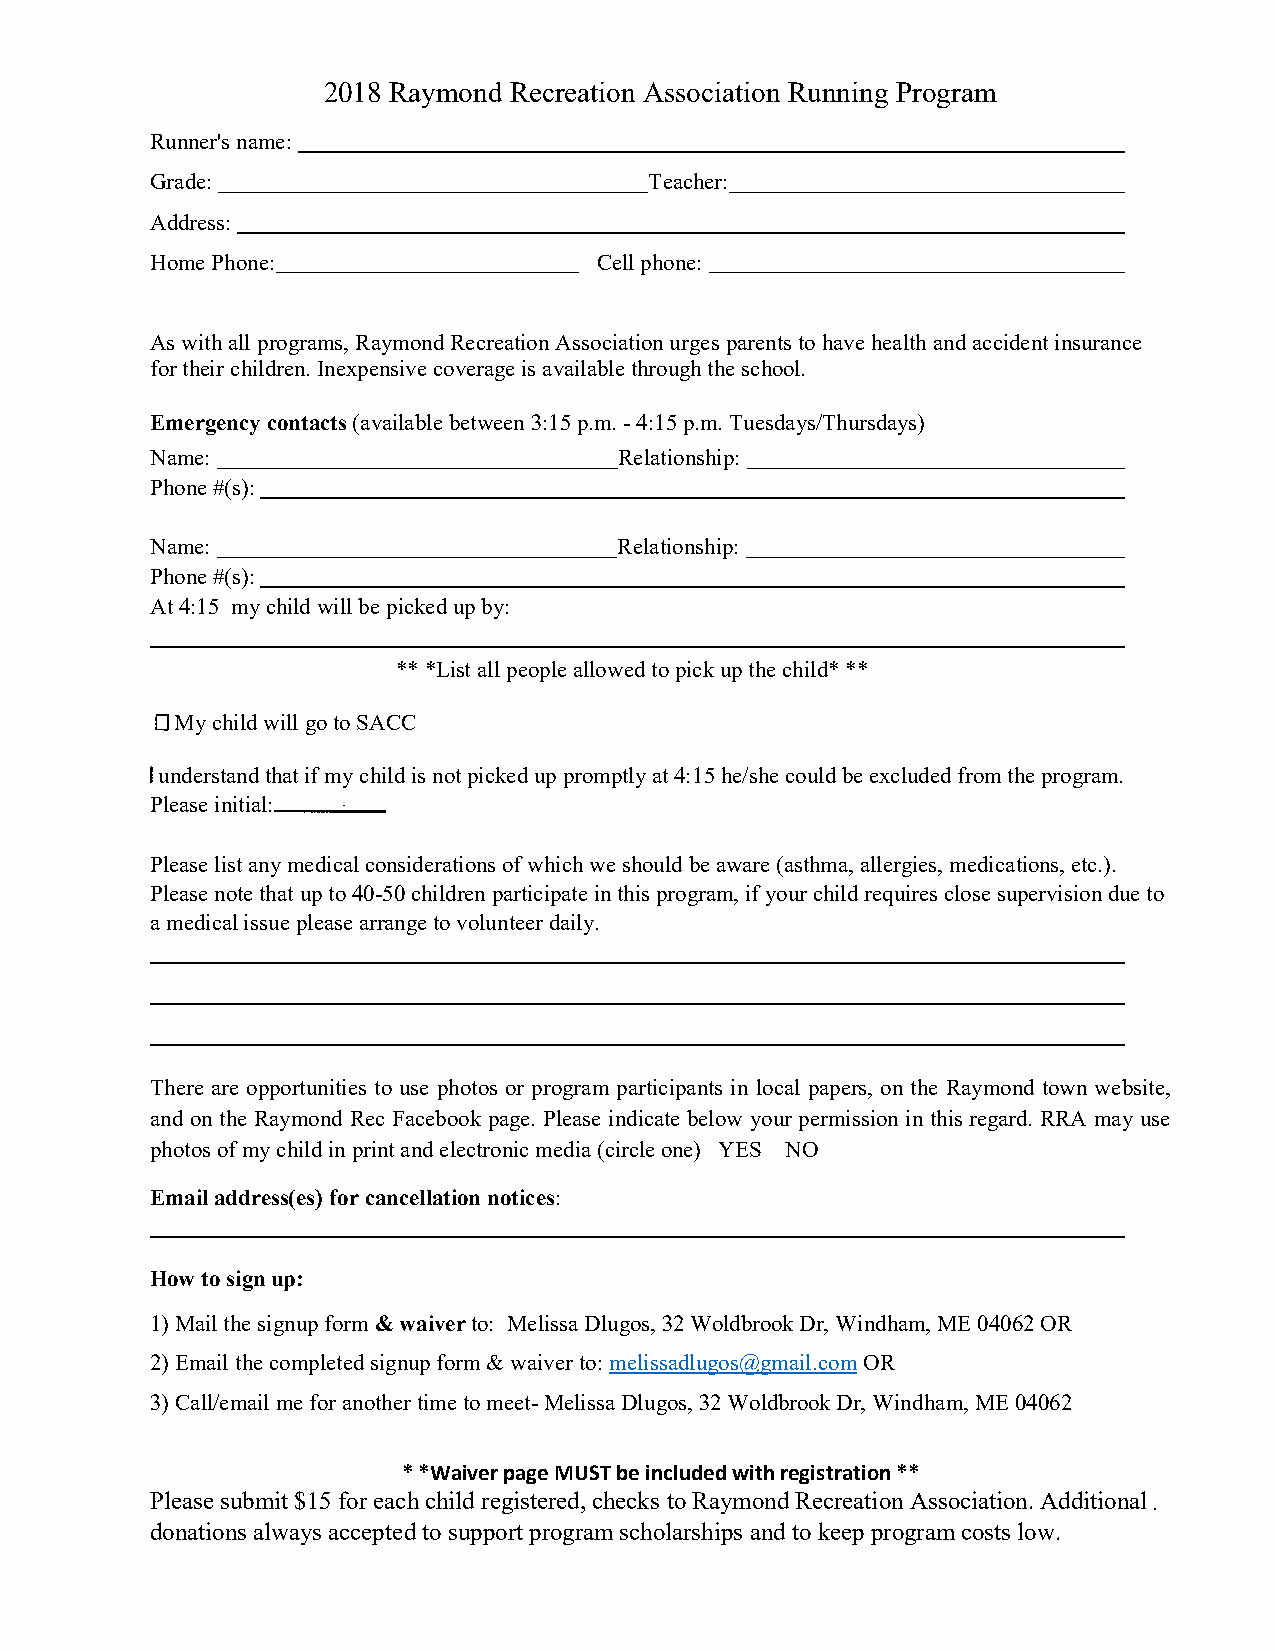
2018 Raymond Recreation Association Running Program
 Runner's name:
 Grade:                           Teacher:
 Address:
 Home Phone:                   Cell phone:
 As with all programs, Raymond Recreation Association urges parents to have health and accident insurance
 for their children. Inexpensive coverage is available through the school.
 Emergency contacts (available between 3:15 p.m. - 4:15 p.m. Tuesdays/Thursdays)
 Name:                          Relationship:
 Phone #(s):
 Name:                          Relationship:
 Phone #(s):
 At 4:15 my child will be picked up by:
 ** *List all people allowed to pick up the child* **
 My child will go to SACC
 understand that if my child is not picked up promptly at 4:15 he/she could be excluded from the program.
 Please initial:
 Please list any medical considerations of which we should be aware (asthma, allergies, medications, etc.).
 Please note that up to 40-50 children participate in this program, if your child requires close supervision due to
 a medical issue please arrange to volunteer daily.
 There are opportunities to use photos or program participants in local papers, on the Raymond town website,
 and on the Raymond Rec Facebook page. Please indicate below your permission in this regard. RRA may use
 photos of my child in print and electronic media (circle one) YES NO
 Email address(es) for cancellation notices:
 How to sign up:
 1) Mail the signup form & waiver to: Melissa Dlugos, 32 Woldbrook Dr, Windham, ME 04062 OR
 2) Email the completed signup form & waiver to: melissadlugos@gmail.com OR
 3) Call/email me for another time to meet- Melissa Dlugos, 32 Woldbrook Dr, Windham, ME 04062
 * *Waiver page MUST be included with registration **
 Please submit $15 for each child registered, checks to Raymond Recreation Association. Additional
 donations always accepted to support program scholarships and to keep program costs low.